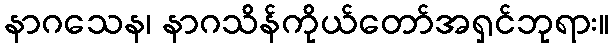
နာဂသေန၊ နာဂသိန်ကိုယ်တော်အရှင်ဘုရား။